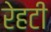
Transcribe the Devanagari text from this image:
रेहटी